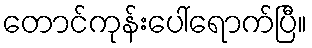
တောင်ကုန်းပေါ်ရောက်ပြီ။